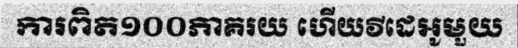
ការពិត១០០ភាគរយ ហើយវីដេអូមួយ